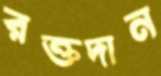
রক্তদান